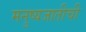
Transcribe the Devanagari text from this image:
मनुष्यजातीची